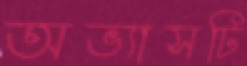
অভ্যাসটি